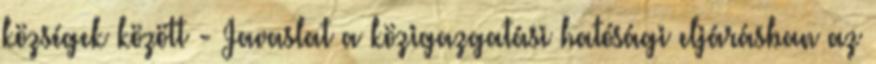
községek között - Javaslat a közigazgatási hatósági eljárásban az